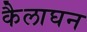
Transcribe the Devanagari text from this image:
कैलाघन